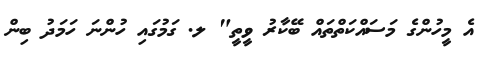
އެ މީހުންގެ މަސައްކަތްތައް ބޭކާރު ވީތީ" ލ. ގަމުގައި ހުންނަ ހަމަދު ބިން